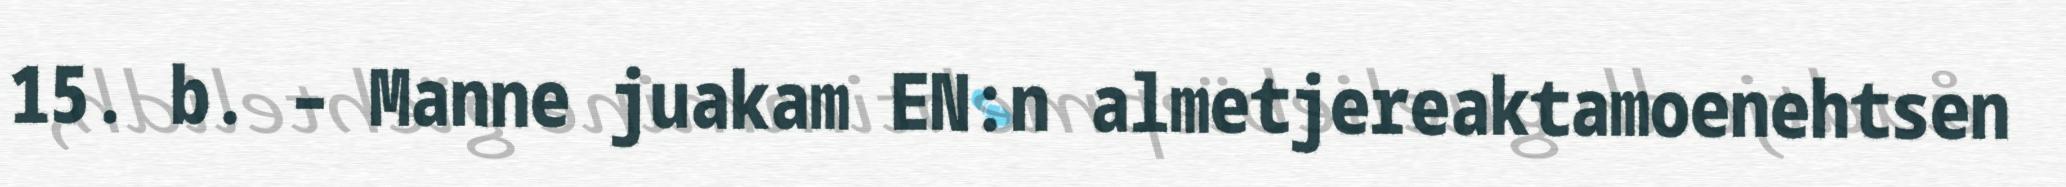
15. b. – Manne juakam EN:n almetjereaktamoenehtsen